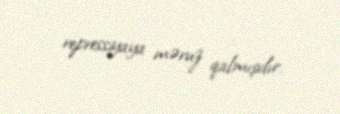
repressiyaya məruz qalmışdır.